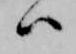
ハ